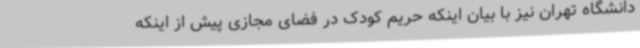
دانشگاه تهران نیز با بیان اینکه حریم کودک در فضای مجازی پیش از اینکه